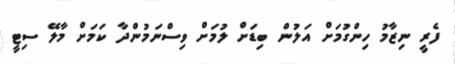
ފެރީ ނިޒާމު ހިންގުމަށް އަލުން ބިޑަށް ލުމަށް ވިސްނަމުންދާ ކަމަށް މާލޭ ސިޓީ